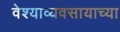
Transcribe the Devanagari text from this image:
वेश्याव्यवसायाच्या